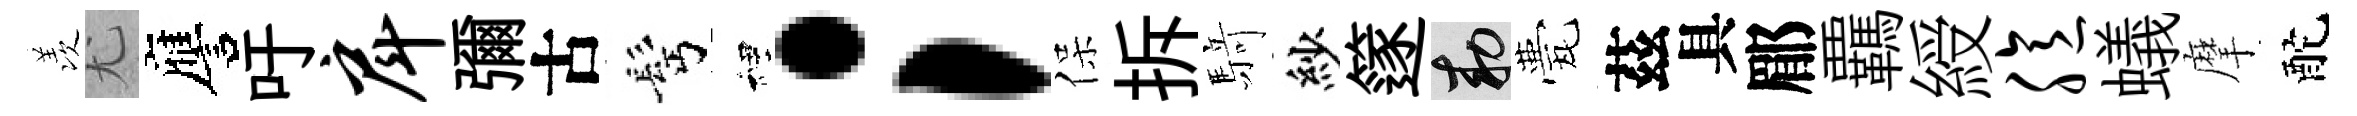
羡尤譍吁戽彌古髩裡；保拆𮪍紗篴敕甍茲具郿覊綬臆蟻摩酡